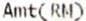
AMT(RM)